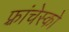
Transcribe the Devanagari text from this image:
फ़्रांचेस्को